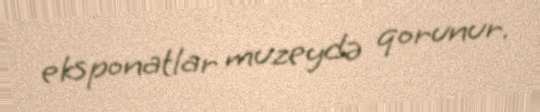
eksponatlar muzeydə qorunur.